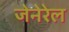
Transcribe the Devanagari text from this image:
जेनेरेल